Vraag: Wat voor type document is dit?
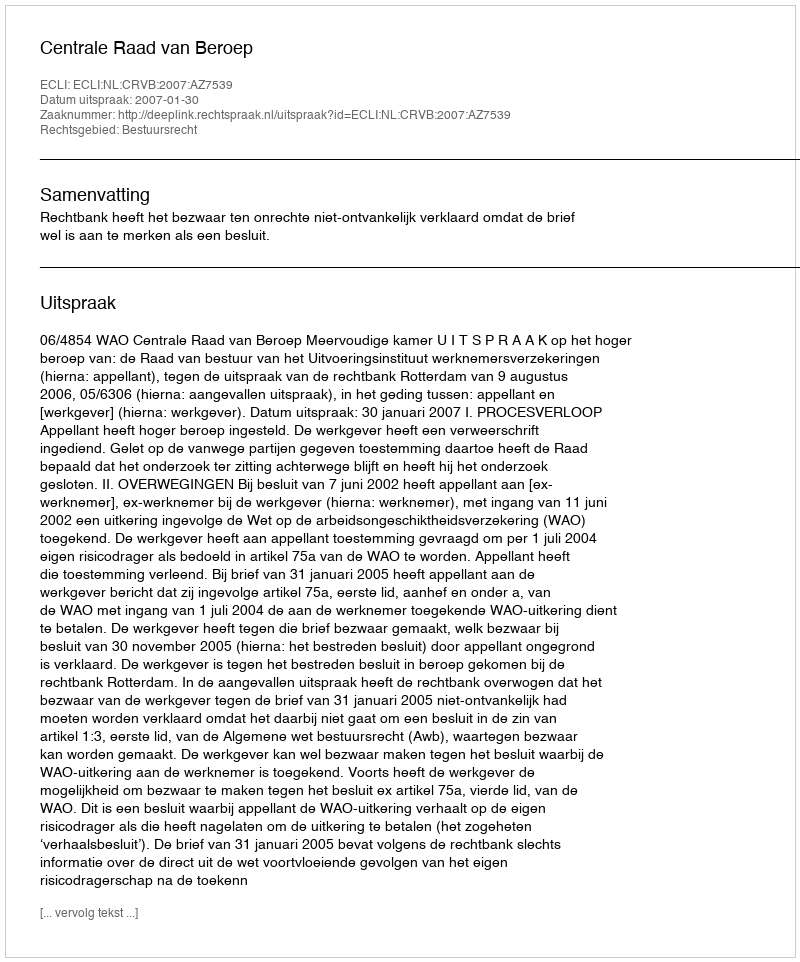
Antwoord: Uitspraak